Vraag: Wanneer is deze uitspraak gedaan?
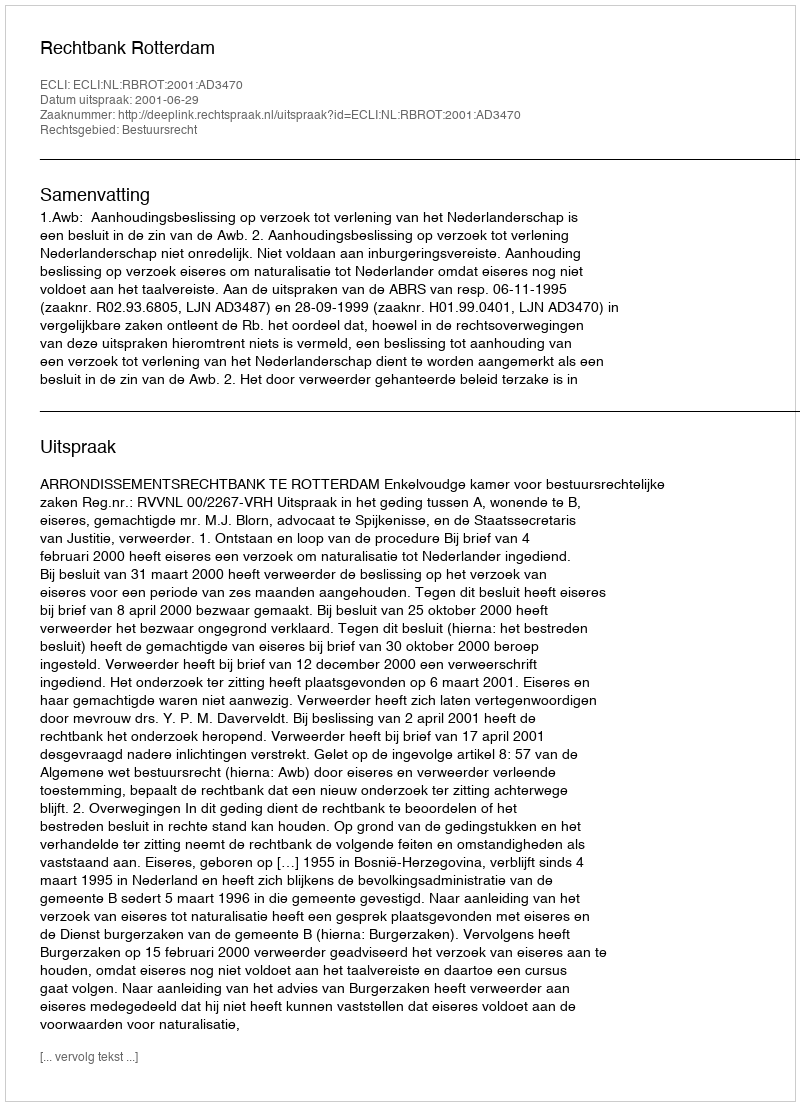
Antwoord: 2001-06-29